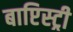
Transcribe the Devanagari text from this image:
बाप्टिस्ट्री